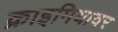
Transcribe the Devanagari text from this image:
क्राइमियावर